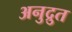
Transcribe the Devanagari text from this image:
अनुद्रुत